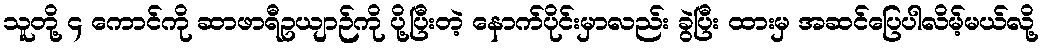
သူတို့ ၄ ကောင်ကို ဆာဖာရီဥယျာဉ်ကို ပို့ပြီးတဲ့ နောက်ပိုင်းမှာလည်း ခွဲပြီး ထားမှ အဆင်ပြေပါလိမ့်မယ်လို့